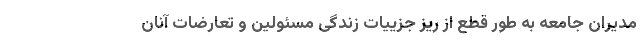
مدیران جامعه به طور قطع از ریز جزییات زندگی مسئولین و تعارضات آنان